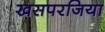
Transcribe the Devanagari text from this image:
खसपरजिया